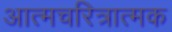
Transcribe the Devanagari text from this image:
अात्मचरित्रात्मक